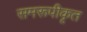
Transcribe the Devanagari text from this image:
समरूपीकृत